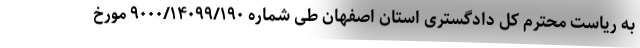
به ریاست محترم کل دادگستری استان اصفهان طی شماره ۹۰۰۰/۱۴۰۹۹/۱۹۰ مورخ